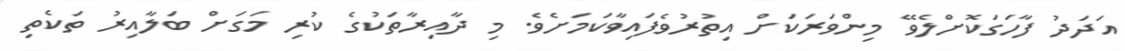
އަދަދު ފާހަގަކޮށްލެވޭ މިންވަރަކަށް އިތުރުވެފައިވާކަމަށެވެ. މި ދާއިރާތަކުގެ ކުރި މަގަށް ބަލާއިރު ތަކެތި